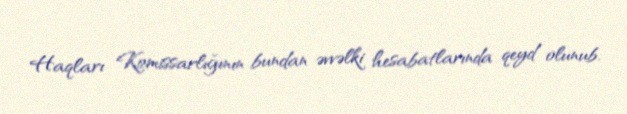
Haqları Komissarlığının bundan əvvəlki hesabatlarında qeyd olunub.